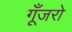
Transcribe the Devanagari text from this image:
गूँजरो